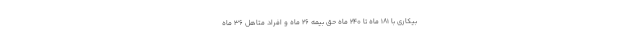
بیکاری با ۱۸۱ ماه تا ۲۴۰ ماه حق بیمه ۲۶ ماه و افراد متاهل ۳۶ ماه